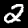
Digit: 2